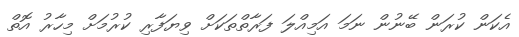
އެކަން ކުރަން ބޭނުން ނަމަ އަމިއްލަ ފަރާތްތަކަށް ވިޔަފާރި ކުރުމަށް މިހާރު އޮތް